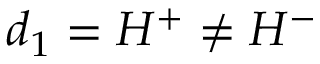
d _ { 1 } = H ^ { + } \neq H ^ { - }